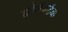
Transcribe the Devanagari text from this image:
वीर्यवर्द्घक